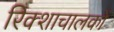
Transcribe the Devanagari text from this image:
रिक्शाचालकों